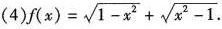
(4) $$f(x)= \sqrt{1-x^{2}}+ \sqrt{x^{2}-1}$$.